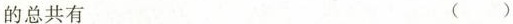
的总共有 ()